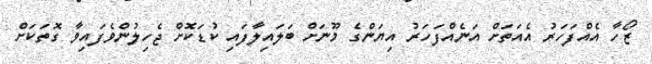
ޒޯހާ އެއްފަހަރު އެއަތަށް އަނެއްފަހަރު އިޔަންގެ މޫނަށް ބަލައިލާފައި ކުޑަކޮށް ޖެހިލުންވެފައިވާ ގޮތަކަށް